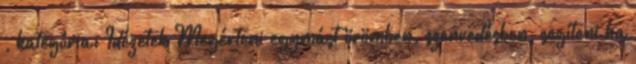
, kategória: Idézetek Megérteni egymást örömben, szenvedésben, segíteni ha